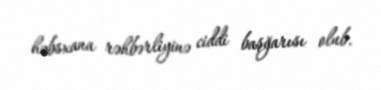
həbsxana rəhbərliyinə ciddi başğarısı olub.